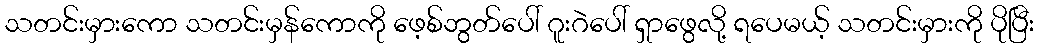
သတင်းမှားကော သတင်းမှန်ကောကို ဖေ့စ်ဘွတ်ပေါ် ဂူးဂဲပေါ် ရှာဖွေလို့ ရပေမယ့် သတင်းမှားကို ပိုပြီး